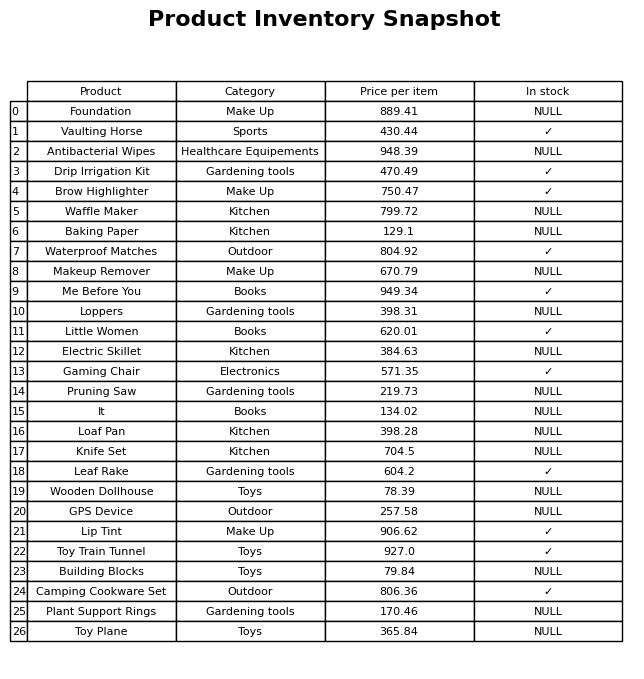
question: What is the price for Building Blocks?
answer: The price of Building Blocks is 79.84.